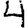
Digit: 4